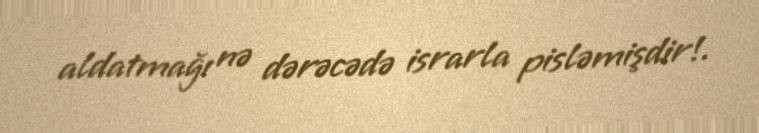
aldatmağı nə dərəcədə israrla pisləmişdir!.